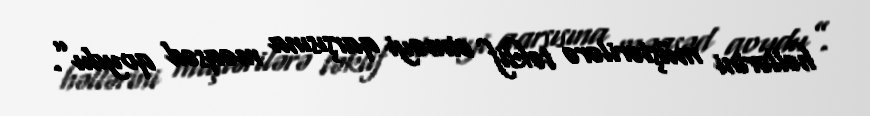
həllərini müştərilərə təklif etməyi qarşısına məqsəd qoydu”.